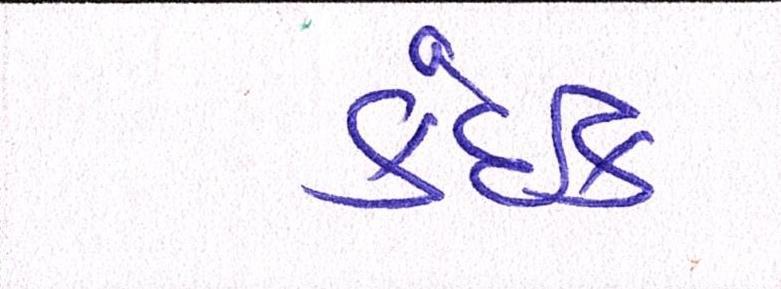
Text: કંઈક